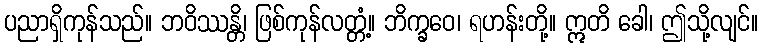
ပညာရှိကုန်သည်။ ဘဝိဿန္တိ၊ ဖြစ်ကုန်လတ္တံ့။ ဘိက္ခဝေ၊ ရဟန်းတို့။ ဣတိ ခေါ၊ ဤသို့လျင်။